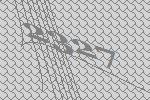
2327